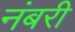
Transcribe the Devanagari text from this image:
नंबरी